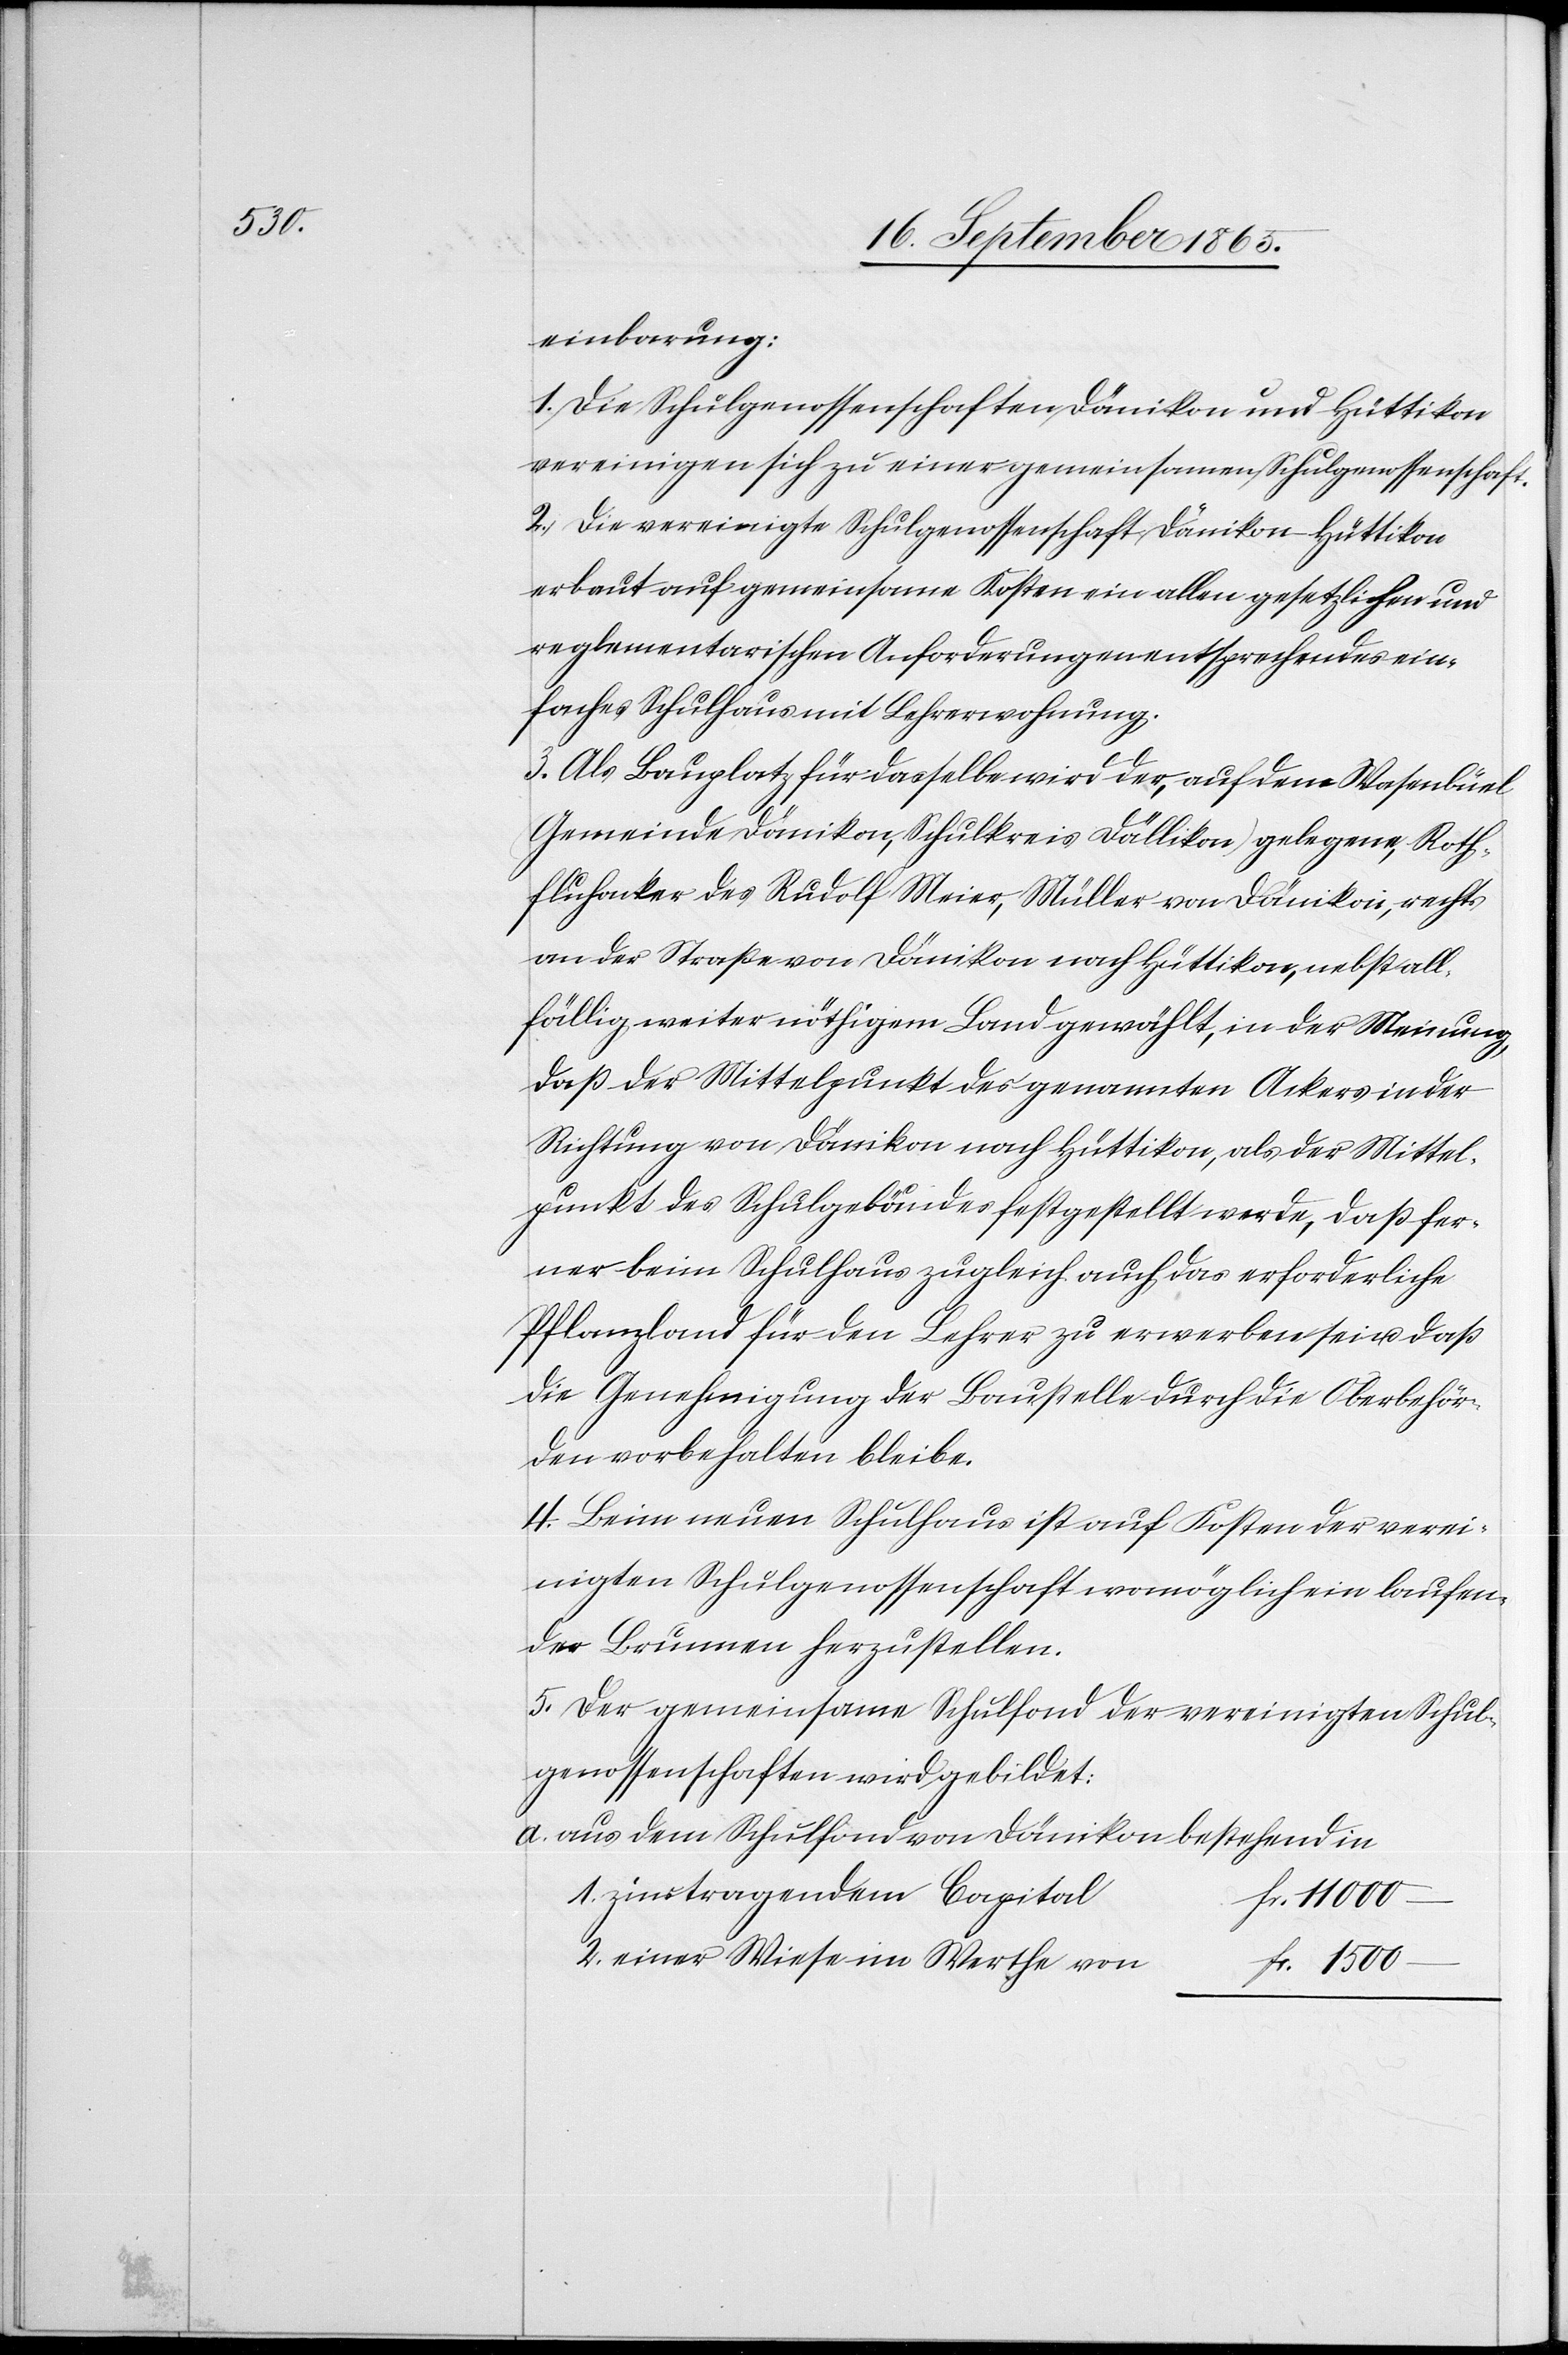
einbarung:
1. Die Schulgenossenschaften Dänikon und Hüttikon
vereinigen sich zu einer gemeinsamen Schulgenossenschaft.
2. Die vereinigte Schulgenossenschaft Dänikon-Hüttikon
erbaut auf gemeinsame Kosten ein allen gesetzlichen und
reglementarischen Anforderungen entsprechendes ein¬
faches Schulhaus mit Lehrerwohnung.
3. Als Bauplatz für dasselbe wird der, auf dem Wasenbüel
(Gemeinde Dänikon, Schulkreis Dällikon) gelegene, Roth¬
fluhacker des Rudolf Meier, Müller von Dänikon, rechts
an der Straße von Dänikon nach Hüttikon, nebst all¬
fällig weiter nöthigem Land gewählt, in der Meinung,
daß der Mittelpunkt des genannten Ackers in der
Richtung von Dänikon nach Hüttikon, als der Mittel¬
punkt des Schulgebäudes festgestellt werde, daß fer¬
ner beim Schulhaus zugleich auch das erforderliche
Pflanzland für den Lehrer zu erwerben sei u. daß
die Genehmigung der Baustelle durch die Oberbehör¬
den vorbehalten bleibe.
4. Beim neuen Schulhaus ist auf Kosten der verei¬
nigten Schulgenossenschaft womöglich ein laufen¬
der Brunnen herzustellen.
5. Der gemeinsame Schulfond der vereinigten Schul¬
genossenschaften wird gebildet:
aus dem Schulfond von Dänikon bestehend in
1. zinstragendem Capital
11 000
2. einer Wiese im Werthe von